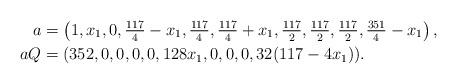
LaTeX: \begin{align*}a&=\left(1, x_1, 0, \tfrac{117}{4} - x_1, \tfrac{117}{4}, \tfrac{117}{4} + x_1, \tfrac{117}{2}, \tfrac{117}{2},\tfrac{117}{2}, \tfrac{351}{4} -x_1\right),\\aQ&=(352, 0, 0, 0, 0, 128 x_1,0,0,0, 32 (117 - 4 x_1)).\end{align*}